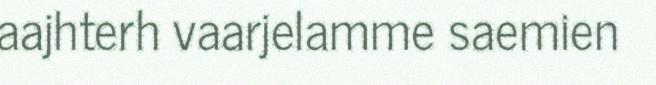
aajhterh vaarjelamme saemien